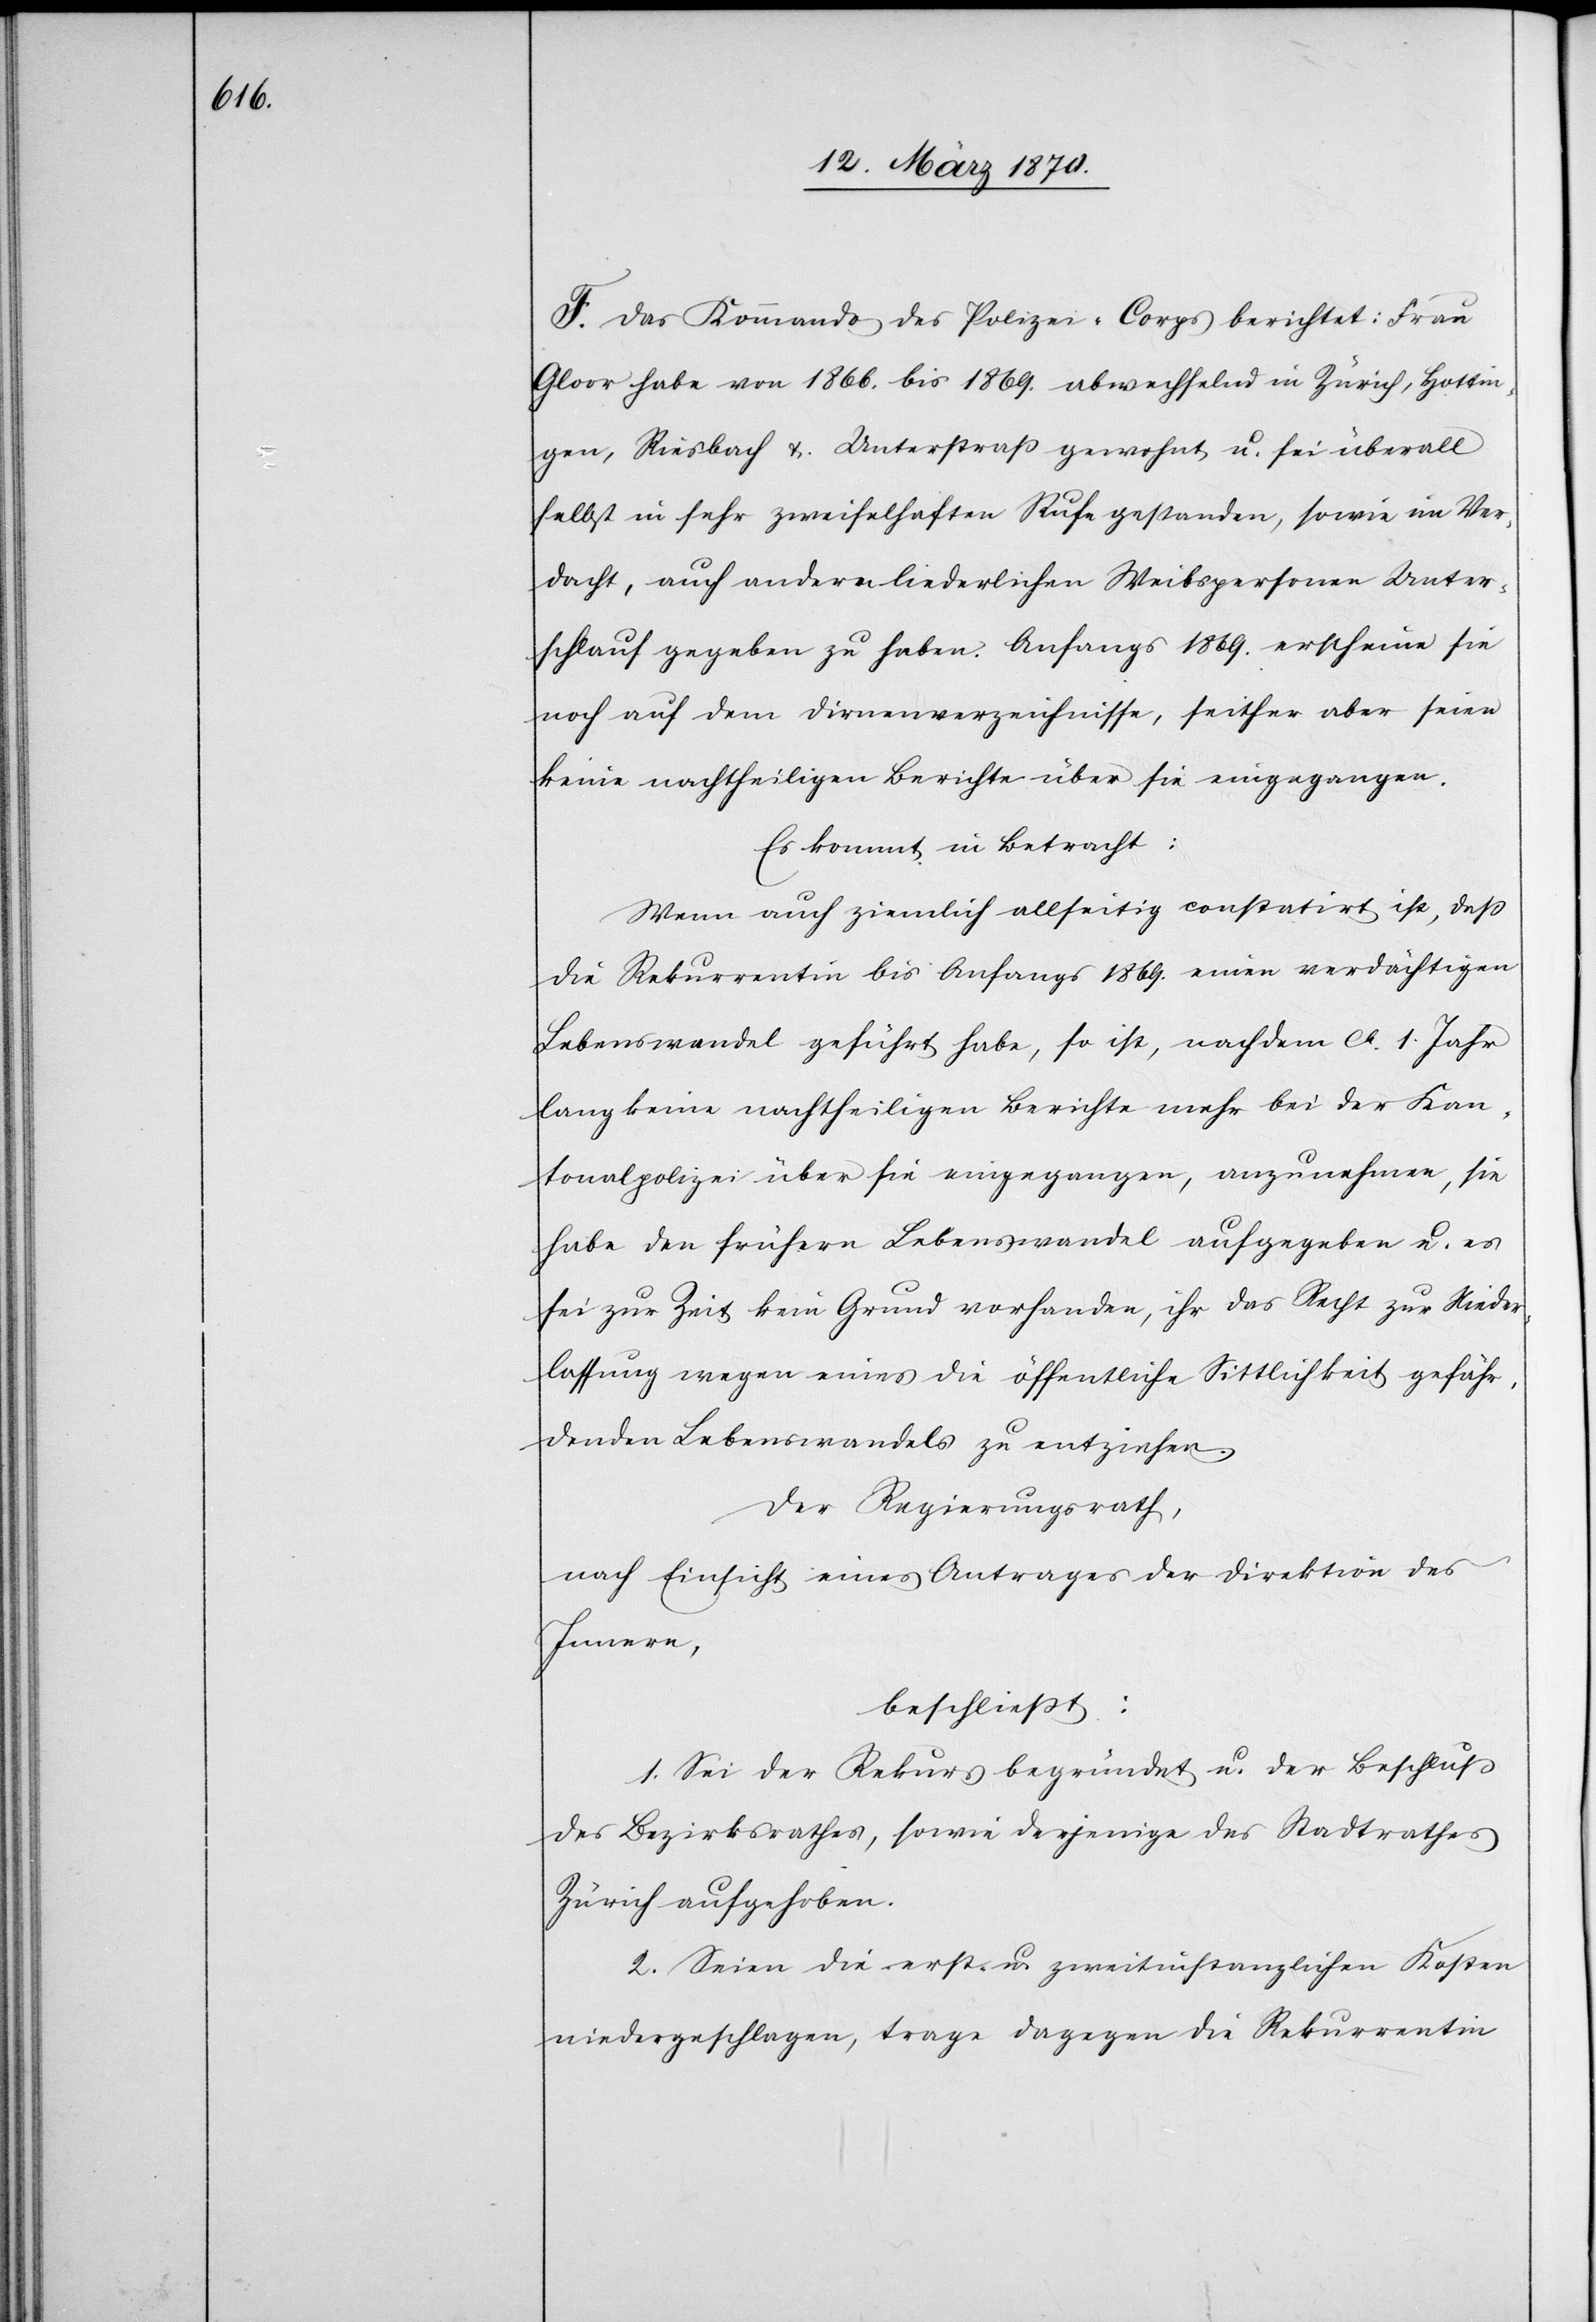
G.] Das Kommando des Polizei-Corps berichtet: Frau
Gloor habe von 1866. bis 1869. abwechselnd in Hottingen, Riesbach
selbst in sehr zweifelhaften [sic!] Rufe gestanden, sowie im Ver¬
dacht, auch andern liederlichen Weibspersonen Unter¬
schlauf gegeben zu haben. Anfangs 1869. erscheine sie
noch auf dem Dirnenverzeichnisse, seither aber seien
keine nachtheiligen Berichte über sie eingegangen.
Es kommt in Betracht:
Wenn auch ziemlich allseitig constatirt ist, daß
die Rekurrentin bis Anfangs 1869. einen verdächtigen
Lebenswandel geführt habe, so ist, nachdem ca. 1. Jahr
lang keine nachtheiligen Berichte mehr bei der Kan¬
tonalpolizei über sie eingegangen, anzunehmen, sie
habe den frühern Lebenswandel aufgegeben u. es
sei zur Zeit kein Grund vorhanden, ihr das Recht zur Nieder¬
lassung wegen eines die öffenliche Sittlichkeit gefähr¬
denden Lebenswandels zu entziehen.
Der Regierungsrath,
nach Einsicht eines Antrages der Direktion des
Innern,
beschließt:
1. Sei der Rekurs begründet u. der Beschluß
des Bezirksrathes, sowie derjenige des Stadtrathes
Zürich aufgehoben.
2. Seien die erst- und zweitinstanzlichen Kosten
niedergeschlagen, trage dagegen die Rekurrentin